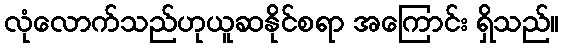
လုံလောက်သည်ဟုယူဆနိုင်စရာ အကြောင်း ရှိသည်။